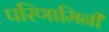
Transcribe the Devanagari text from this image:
परिणामिनी